Sanitation, dispensaries and jails vaccination Rajputana 1922-1927 - 1922-1927
Year: 1922
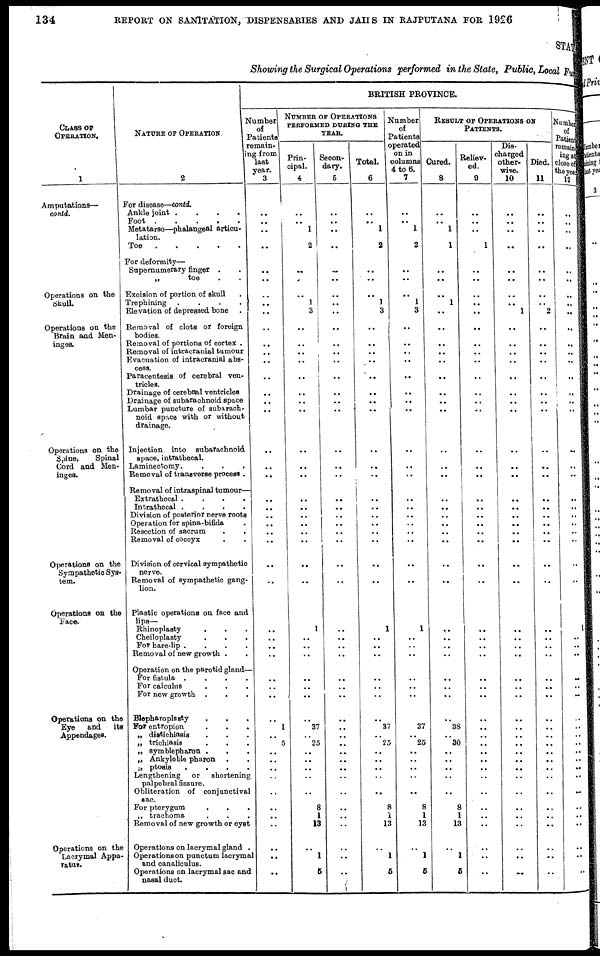
134
REPORT ON SANITATION, DISPENSARIES AND JAILS IN RAJPUTANA FOR 1926
STATE
Showing the Surgical Operations performed in the State, Public, Local Fund
CLASS OF
OPERATION.
1
Amputations—
contd.
Operations on the
Skull
Operations on the
Brain and Men¬
inges.
Operations on the
Spine,
Spinal
Cord and Men¬
inges.
Operations on the
Sympathetic Sys-
tem.
Operations on the
Face.
Operations on the
Eye
and
its
Appendages.
Operations on the
Lacrymal Appa-
ratur.
NATURE OF OPERATION.
2
For disease—contd.
Ankle joint .
.
.
.
Foot . . . .
Metatarso—phalanges! articu-
lation.
Toe
. . . . .
For deformity—
Supernumerary finger . .
„
toe . .
Excision of portion of skull .
Trephining .
.
.
.
Elevation of depressed bone .
Removal of clots or foreign
bodies.
Removal of portions of cortex .
Removal of interacranial tumour
Evacuation of intracranial abs-
cess.
Paracentesis of cerebral ven-
tricles.
Drainage of cerebral ventricles
Drainage of subarachnoid space
Lumbar puncture of subarach-
noid space with or without
drainage.
Injection into subarachnoid
space, intrathecal.
Laminectomy. . . .
Removal of transverse process .
Removal of intraspinal tumour—
Extrathecal .
.
.
.
Intrathecal .
.
.
.
Division of posterior nerve roots
Operation for spina-bifida .
Resection of sacrum . .
Removal of coccyx . .
Division of cervical sympathetic
nerve.
Removal of sympathetic gang-
lion.
Plastic operations on face and
lips—
Rhinoplasty . . .
Cheiloplasty
.
.
.
For hare-lip .
.
.
.
Removal of new growth . .
Operation on the parotid gland—
For fistula .
.
.
.
For calculus . . .
For new growth . . .
Blepharoplasty . . .
For entropion . . .
„ distichiasis . . .
„ trichiasis . . .
„ symblepharon . . .
„ Ankyloble pharon . .
„ ptoais
.
.
.
.
Lengthening
or
shortening
palpebral fissure.
Obliteration of conjunctival
sac.
For pterygum . . .
„ trachoma
.
.
.
Removal of new growth or cyst
Operations on lacrymal gland .
Operations on punctum lacrymal
and canaliculus.
Operations on lacrymal sac and
nasal duct.
BRITISH PROVINCE.
Number
of
Patients
remain¬
ing from
last
year.
3
..
..
..
..
..
..
..
..
..
..
..
..
..
..
..
..
..
..
..
..
..
..
..
..
..
..
..
..
.. ..
..
..
..
..
..
..
1
..
5
..
..
..
..
..
..
..
..
..
..
..
NUMBER OF OPERATIONS
PERFORMED DURING THE
YEAR.
Prin¬
cipal.
4
..
..
1
2
..
..
..
1
3
..
..
..
..
..
..
..
..
..
..
..
..
..
..
..
..
..
..
..
1
..
..
..
..
..
..
..
37
..
25
..
..
..
..
..
8
1
13
..
1
5
Secon-
dary.
5
..
..
..
..
..
..
..
..
..
..
..
..
..
..
..
..
..
..
..
..
..
..
..
..
..
..
..
..
.. ..
..
..
..
..
..
..
..
..
..
..
..
..
..
..
..
..
..
..
..
..
Total.
6
..
..
1
2
..
..
..
1
3
..
..
..
..
..
..
..
..
..
..
..
..
..
..
..
..
..
..
..
1
..
..
..
..
..
..
..
37
..
25
..
..
..
..
..
8
1
13
..
1
5
Number
of
Patients
operated
on in
columns
4 to 6.
7
..
..
1
2
..
..
..
1
3
..
..
..
..
..
..
..
..
..
..
..
..
..
..
..
..
..
..
..
1
..
..
..
..
..
..
..
37
..
25
..
..
..
..
..
8
1
13
..
1
5
RESULT OF OPERATIONS ON
PATIENTS.
Cured.
8
..
..
1
1
..
..
..
1
..
..
..
..
..
..
..
..
..
..
..
..
..
..
..
..
..
..
..
..
..
..
..
..
..
..
..
..
38
..
30
..
..
..
..
..
8
1
13
..
1
5
Reliev¬
ed.
9
..
..
..
1
..
..
..
..
..
..
..
..
..
..
..
..
..
..
..
..
..
..
..
..
..
..
..
..
.. ..
..
..
..
..
..
..
..
..
..
..
..
..
..
..
..
..
..
..
..
..
Dis-
charged
other-
wise.
10
..
..
..
..
..
..
..
..
1
..
..
..
..
..
..
..
..
..
..
..
..
..
..
..
..
..
..
..
.. ..
..
..
..
..
..
..
..
..
..
..
..
..
..
..
..
..
..
..
..
..
Died.
11
..
..
..
..
..
..
..
.. 2
..
..
..
..
..
..
..
..
..
..
..
..
..
..
..
..
..
..
..
.. ..
..
..
..
..
..
..
..
..
.. ..
..
..
..
..
..
..
..
..
..
..
Number
of
Patient
remain¬
ing at
close of)
the year
12
..
..
..
..
..
..
..
..
..
..
..
..
..
..
..
..
..
..
..
..
..
..
..
..
..
..
..
..
..
.. ..
..
..
..
..
..
..
..
..
..
..
..
..
..
..
..
..
..
..
..
..